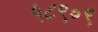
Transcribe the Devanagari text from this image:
५८९०९